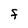
Character: F